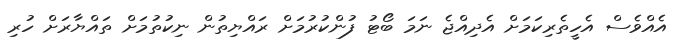
އެއްވެސް އެހީތެރިކަމަށް އެދިއްޖެ ނަމަ ބޯޓު ފުންކުރުމަށް ރައްޔިތުން ނިކުތުމަށް ތައްޔާރަށް ހުރި